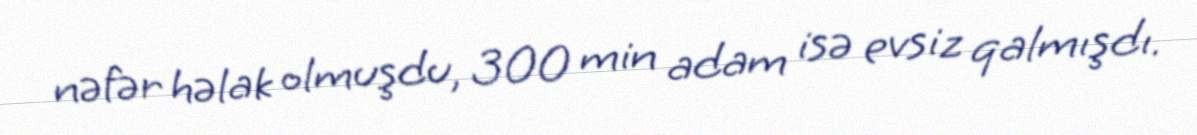
nəfər həlak olmuşdu, 300 min adam isə evsiz qalmışdı.